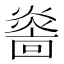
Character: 𤎭